Leaving Certificate, 1898
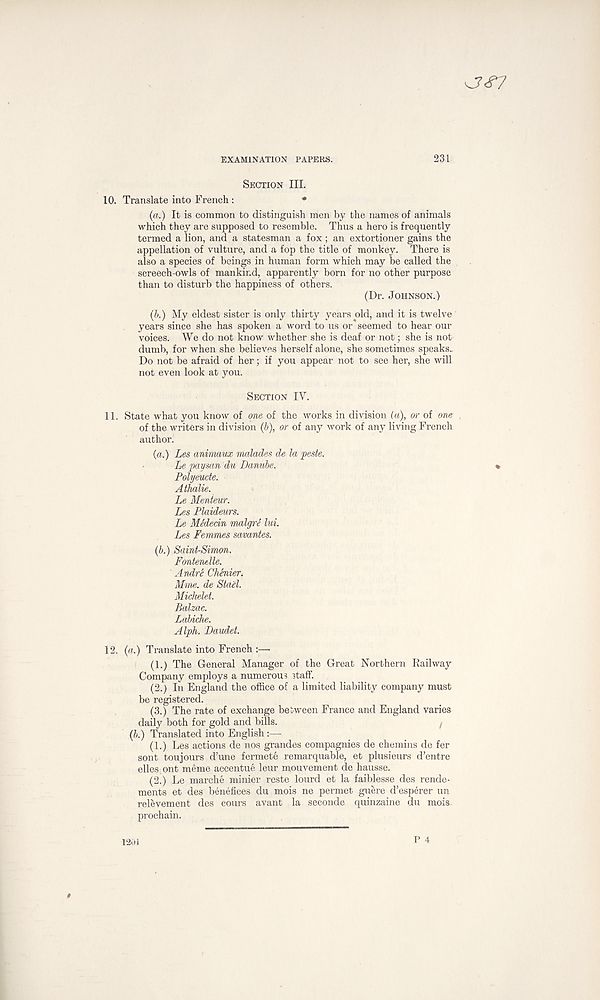
EXAMINATION PAPERS.
231
SECTION III.
10.
Translate into French :
•
(a.) It is common to distinguish men by the names of animals
which they are supposed to resemble. Thus a hero is frequently
termed a lion, and a statesman a fox; an extortioner gains the
appellation of vulture, and a fop the title of monkey. There is
also a species of beings in human form which may be called the
screech-owls of mankind, apparently born for no other purpose
than to disturb the happiness of others.
(Dr. JOHNSON.)
(b.) My eldest sister is only thirty years old, and it is twelve '
years since she has spoken a word to us or seemed to hear our
voices. We do not know whether she is deaf or not; she is not
dumb, for when she believes herself alone, she sometimes speaks.
Do not be afraid of her; if you appear not to see her, she will
not even look at you.
SECTION IY.
11. State what you know of one of the works in division (a), or of one
of the writers in division (5), or of any work of any living French
author.
{a.) Les animaux malades de la peste.
Le paysan du Danube.
Polyeude.
Athalie.
Le Menieur.
Les Plaideurs.
Le Medecin malgre lui.
Les Femmes savantes.
(b.) Saint-Simon.
Fontenelle.
Andre Chenier,
Mme. de Stdel.
Michelet.
Balzac.
Labiche.
Alph. Daudet.
12. (a.) Translate into French :—
(1.) The General Manager of the Great Northern Railway
Company employs a numerous staff.
(2.) In England the office of a limited liability company must
be registered.
(3.) The rate of exchange between France and England varies
daily both for gold and bills.
(6.) Translated into English:—
(1.) Les actions de nos grandes compagnies de chemins de fer
sont toujours d’une fermete remarquable, et plusieurs d’entre
elles ont meme accentue leur mouvement de hausse.
(2.) Le marche minier reste lourd et la faiblesse des rende-
ments et des benefices du mois ne permet guere d’esperer un
relevement des cours avant la seconde quinzaine du mois.
prochain.
1201